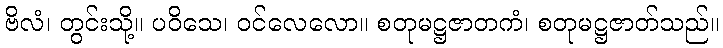
ဗိလံ၊ တွင်းသို့။ ပဝိသေ၊ ဝင်လေလော။ စတုမဋ္ဌဇာတကံ၊ စတုမဋ္ဌဇာတ်သည်။